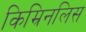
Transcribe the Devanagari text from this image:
किम्रिनलिस